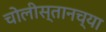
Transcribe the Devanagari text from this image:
चोलीस्तानच्या